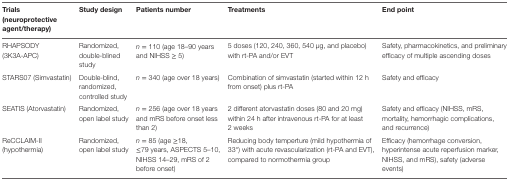
<table><thead><tr><td><b>Trials (neuroprotective agent/therapy)</b></td><td><b>Study design</b></td><td><b>Patients number</b></td><td><b>Treatments</b></td><td><b>End point</b></td></tr></thead><tbody><tr><td>RHAPSODY (3K3A-APC)</td><td>Randomized, double-blined study</td><td><i>n</i> = 110 (age 18–90 years and NIHSS ≥ 5)</td><td>5 doses (120, 240, 360, 540 μg, and placebo) with rt-PA and/or EVT</td><td>Safety, pharmacokinetics, and preliminary efficacy of multiple ascending doses</td></tr><tr><td>STARS07 (Simvastatin)</td><td>Double-blind, randomized, controlled study</td><td><i>n</i> = 340 (age over 18 years)</td><td>Combination of simvastatin (started within 12 h from onset) plus rt-PA</td><td>Safety and efficacy</td></tr><tr><td>SEATIS (Atorvastatin)</td><td>Randomized, open label study</td><td><i>n</i> = 256 (age over 18 years and mRS before onset less than 2)</td><td>2 different atorvastatin doses (80 and 20 mg) within 24 h after intravenous rt-PA for at least 2 weeks</td><td>Safety and efficacy (NIHSS, mRS, mortality, hemorrhagic complications, and recurrence)</td></tr><tr><td>ReCCLAIM-II (hypothermia)</td><td>Randomized, open label study</td><td><i>n</i> = 85 (age ≥18, ≤79 years, ASPECTS 5–10, NIHSS 14–29, mRS of 2 before onset)</td><td>Reducing body temperture (mild hypothermia of 33°) with acute revascularization (rt-PA and EVT), compared to normothermia group</td><td>Efficacy (hemorrhage conversion, hyperintense acute reperfusion marker, NIHSS, and mRS), safety (adverse events)</td></tr></tbody></table>